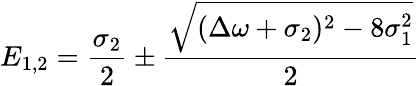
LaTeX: E_{1,2}=\frac{\sigma_{2}}{2}\pm\frac{\sqrt{(\Delta\omega+\sigma_{2})^{2}-8\sigma_{1}^{2}}}{2}